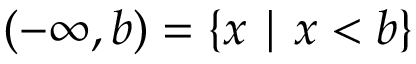
( - \infty , b ) = \{ x \mid x < b \}